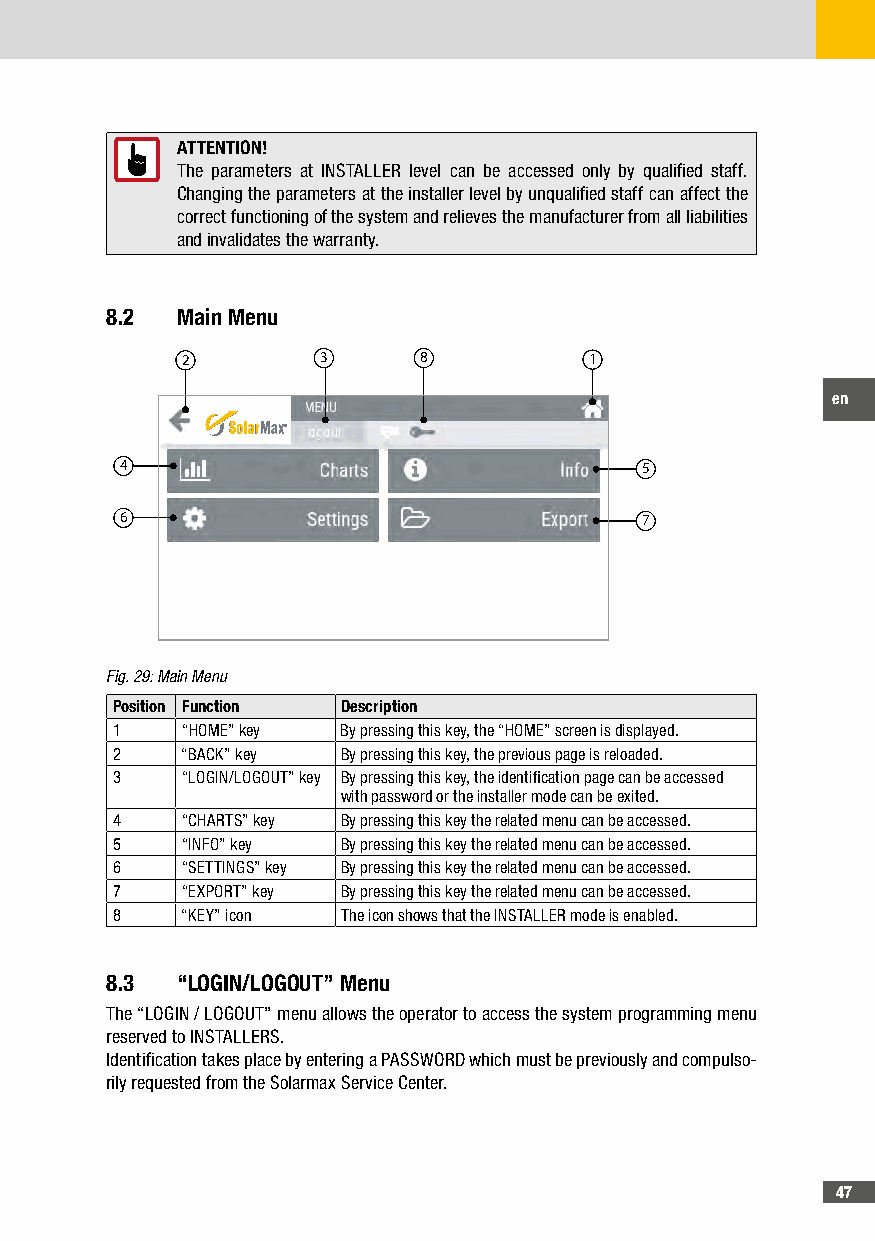
ATTENTION!
 The parameters at INSTALLER level can be accessed only by qualified staff.
 Changing the parameters at the installer level by unqualified staff can affect the
 correct functioning of the system and relieves the manufacturer from all liabilities
 and invalidates the warranty.
 8�2  Main Menu
 2        3      8          1
 en
 4                                 5
 6                                 7
 Fig. 29: Main Menu
 Position Function Description
 1    “HOME” key By pressing this key, the “HOME” screen is displayed.
 2    “BACK” key By pressing this key, the previous page is reloaded.
 3    “LOGIN/LOGOUT” key By pressing this key, the identification page can be accessed
 with password or the installer mode can be exited.
 4    “CHARTS” key By pressing this key the related menu can be accessed.
 5    “INFO” key By pressing this key the related menu can be accessed.
 6    “SETTINGS” key By pressing this key the related menu can be accessed.
 7    “EXPORT” key By pressing this key the related menu can be accessed.
 8    “KEY” icon The icon shows that the INSTALLER mode is enabled.
 8�3  “LOGIN/LOGOUT” Menu
 The “LOGIN / LOGOUT” menu allows the operator to access the system programming menu
 reserved to INSTALLERS.
 Identification takes place by entering a PASSWORD which must be previously and compulso-
 rily requested from the Solarmax Service Center.
 47